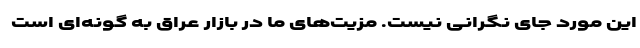
این مورد جای نگرانی نیست. مزیت‌های ما در بازار عراق به گونه‌ای است